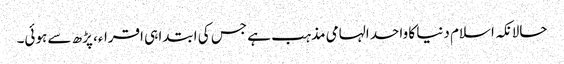
حالانکہ اسلام دنیا کا واحد الہامی مذہب ہے جس کی ابتدا ہی اقراء، پڑھ سے ہوئی۔